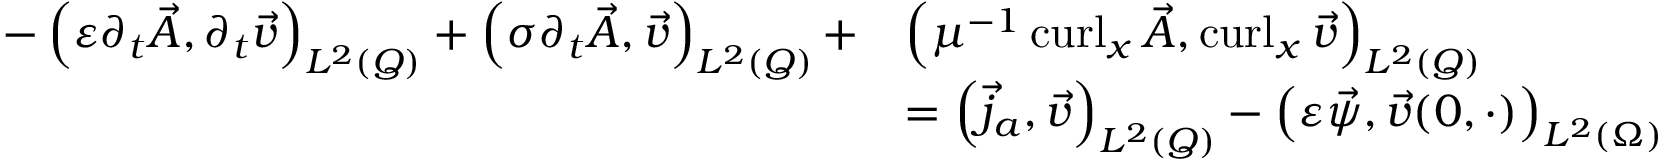
\begin{array} { r l } { - \left( \varepsilon \partial _ { t } \vec { A } , \partial _ { t } \vec { v } \right) _ { L ^ { 2 } ( Q ) } + \left( \sigma \partial _ { t } \vec { A } , \vec { v } \right) _ { L ^ { 2 } ( Q ) } + } & { \left( \mu ^ { - 1 } \operatorname { c u r l } _ { x } \vec { A } , \operatorname { c u r l } _ { x } \vec { v } \right) _ { L ^ { 2 } ( Q ) } } \\ & { = \left( \vec { j } _ { a } , \vec { v } \right) _ { L ^ { 2 } ( Q ) } - \left( \varepsilon \vec { \psi } , \vec { v } ( 0 , \cdot ) \right) _ { L ^ { 2 } ( \Omega ) } } \end{array}